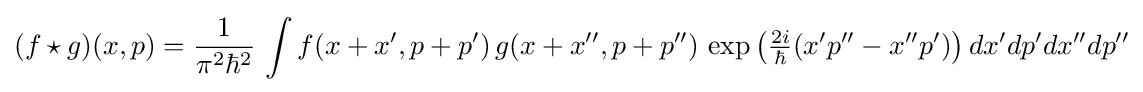
(f\star g)(x,p)={\frac {1}{\pi ^{2}\hbar ^{2}}}\,\int f(x+x',p+p')\,g(x+x'',p+p'')\,\exp {\left({\tfrac {2i}{\hbar }}(x'p''-x''p')\right)}\,dx'dp'dx''dp''